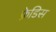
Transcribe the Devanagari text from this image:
फ्रेडिस